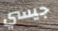
جيسي